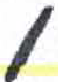
אות: ן